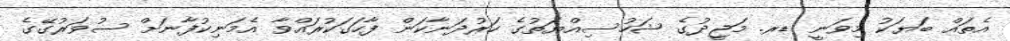
އެތައް ބަޔަކު މިވަނީ ޑރ. މަޖީދުގެ ޝަހުސިއްޔަތުގެ ހަރުދަނާކަން ފާހަގަކުރައްވާ އެމަނިކުފާނަށް ސުވަރުގޭގެ